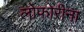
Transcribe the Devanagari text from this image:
लोफोरीना